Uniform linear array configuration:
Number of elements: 12
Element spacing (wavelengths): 0.75
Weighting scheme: cosine
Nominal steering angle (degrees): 60
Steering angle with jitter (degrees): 61.477
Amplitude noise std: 0.05
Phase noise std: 0.05

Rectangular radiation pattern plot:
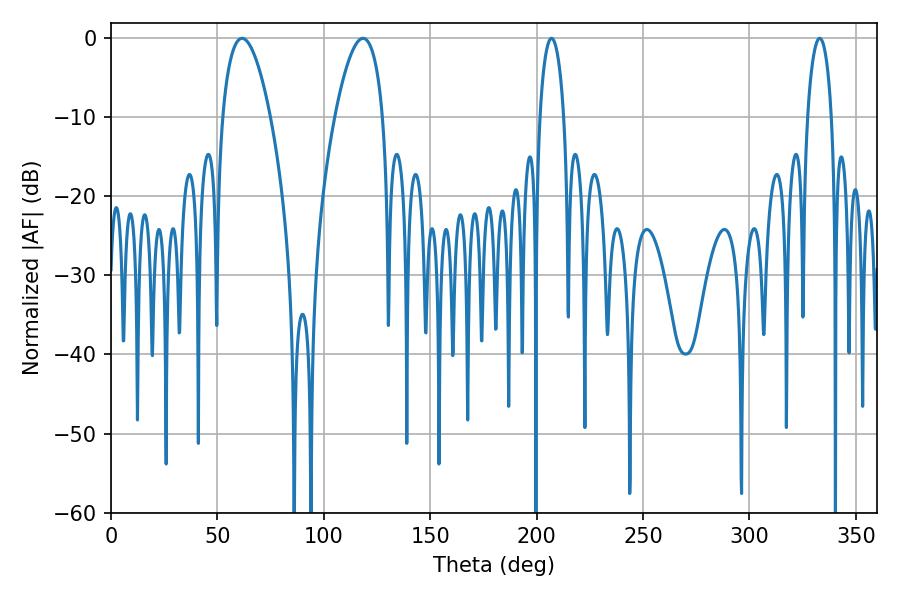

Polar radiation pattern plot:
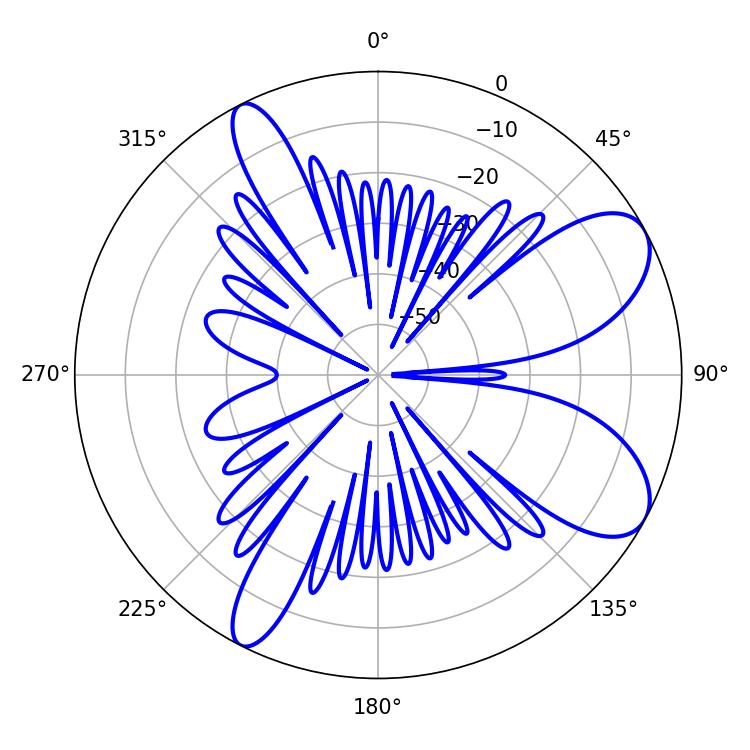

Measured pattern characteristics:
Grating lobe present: TRUE
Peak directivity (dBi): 8.228
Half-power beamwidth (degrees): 6.48
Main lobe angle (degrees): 207